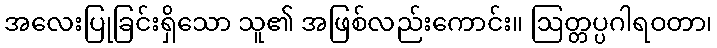
အလေးပြုခြင်းရှိသော သူ၏ အဖြစ်လည်းကောင်း။ ဩတ္တပ္ပဂါရဝတာ၊